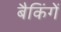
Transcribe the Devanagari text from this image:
बैकिंगें